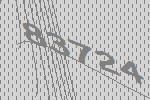
83724